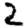
Digit: 2